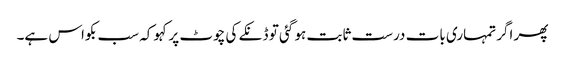
پھر اگر تمہاری بات درست ثابت ہو گئی تو ڈنکے کی چوٹ پر کہو کہ سب بکواس ہے۔